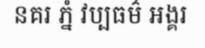
នគរ ភ្នំ វប្បធម៌ អង្គរ